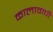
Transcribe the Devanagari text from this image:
कालावाची